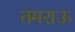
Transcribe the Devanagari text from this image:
तमराऊ